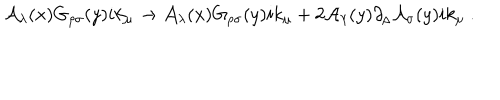
{ \cal A } _ { \lambda } ( x ) G _ { \rho \sigma } ( y ) i k _ { \mu } \rightarrow { \cal A } _ { \lambda } ( x ) G _ { \rho \sigma } ( y ) i k _ { \mu } + 2 { \cal A } _ { \lambda } ( y ) \partial _ { \rho } { \cal A } _ { \sigma } ( y ) i k _ { \mu } \ .